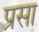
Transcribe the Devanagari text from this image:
प्रसा